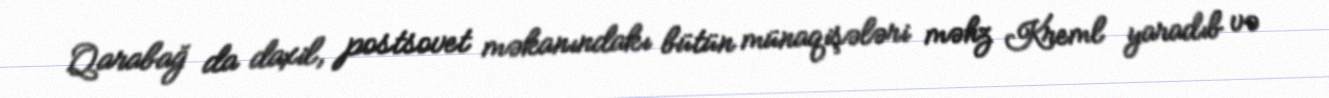
Qarabağ da daxil, postsovet məkanındakı bütün münaqişələri məhz Kreml yaradıb və